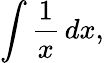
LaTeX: \int{\frac{1}{x}}\, dx,